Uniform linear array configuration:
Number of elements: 12
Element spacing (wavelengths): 0.25
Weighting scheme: hamming
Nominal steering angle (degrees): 45
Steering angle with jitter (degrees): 46.663
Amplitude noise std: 0.05
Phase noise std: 0.05

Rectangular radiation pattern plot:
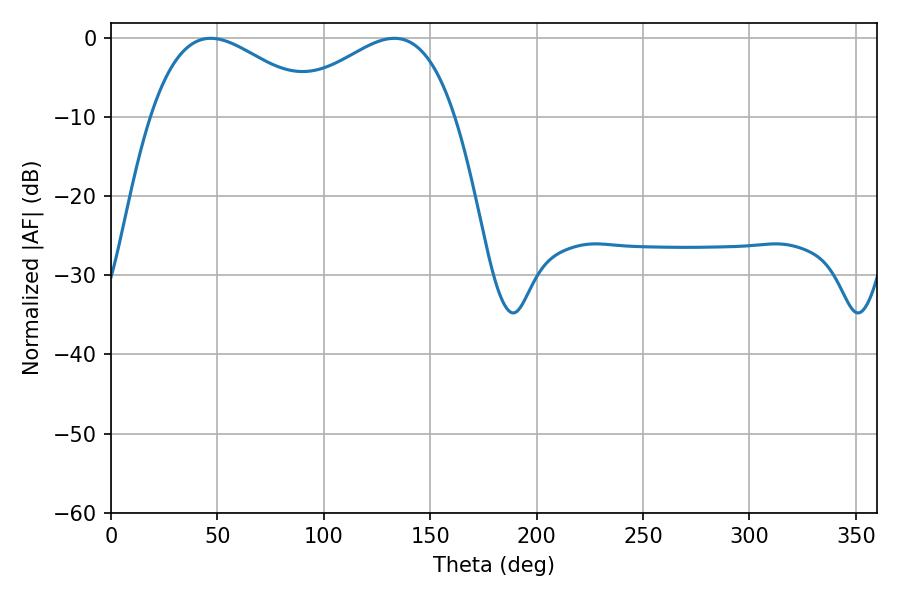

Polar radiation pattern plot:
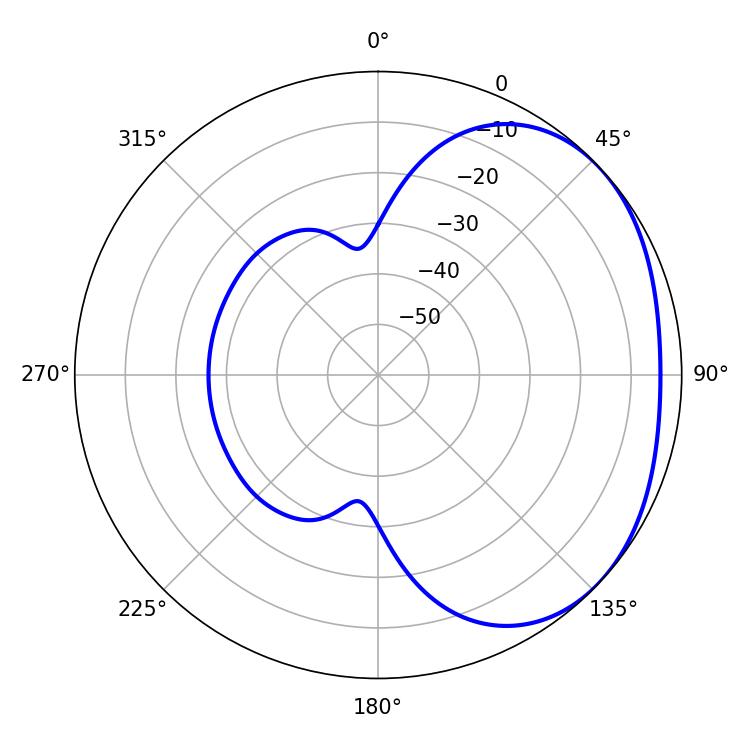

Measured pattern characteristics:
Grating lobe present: FALSE
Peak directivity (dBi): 2.216
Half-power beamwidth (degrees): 43.56
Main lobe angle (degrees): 46.8